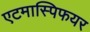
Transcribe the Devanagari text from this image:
एटमास्पिफयर